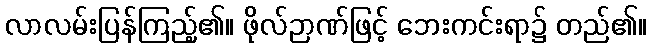
လာလမ်းပြန်ကြည့်၏။ ဖိုလ်ဉာဏ်ဖြင့် ဘေးကင်းရာ၌ တည်၏။